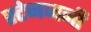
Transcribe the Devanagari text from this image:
स्टेनजनी